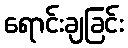
ရောင်းချခြင်း